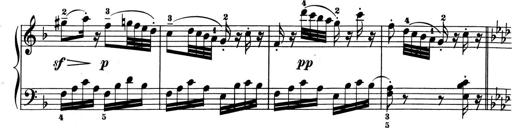
Title: 6 Piano Sonatinas
Composer: Cornelius Gurlitt